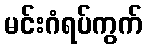
မင်းဂံရပ်ကွက်